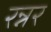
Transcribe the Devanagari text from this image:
रन्नर